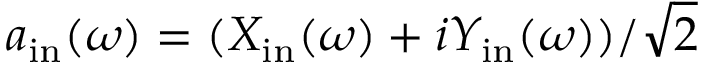
a _ { \mathrm { i n } } ( \omega ) = ( X _ { \mathrm { i n } } ( \omega ) + i Y _ { \mathrm { i n } } ( \omega ) ) / \sqrt { 2 }